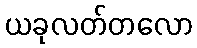
ယခုလတ်တလော